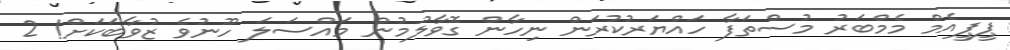
ޕީޕީއެމް މެމްބަރު މުސްތަފާ ހައްޔަރުކުރަން ނިހާން ގޮވާލުމުން މައްސަލަ ހޫނުވެ ޒުވާބަކަށް! 2